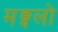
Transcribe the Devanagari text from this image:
मङ्गलो